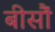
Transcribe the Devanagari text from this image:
बीसौं